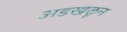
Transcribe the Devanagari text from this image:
अडखळून